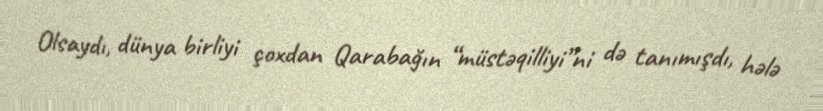
Olsaydı, dünya birliyi çoxdan Qarabağın “müstəqilliyi”ni də tanımışdı, hələ